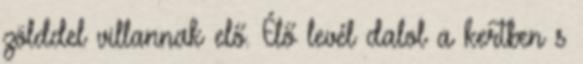
zölddel villannak elő. Élő levél dalol a kertben s